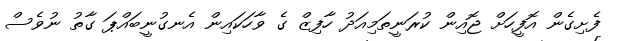
ފެށިގެން އޮފީހަށް ޖޮއިން ކުރަނީތަމިއަދު ހާފިޒް ގެ ވާހަކައިން އެނގުނީބައްޕަ ގާތު ނުވެސް